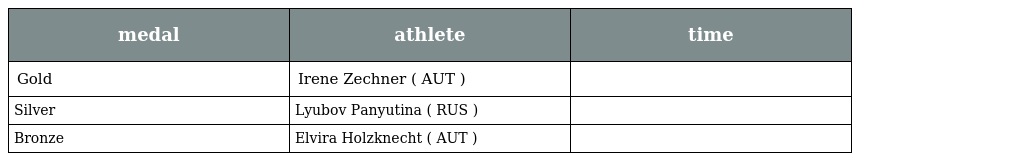
| medal | athlete | time |
 | --- | --- | --- |
 | Gold | Irene Zechner ( AUT ) |  |
 | Silver | Lyubov Panyutina ( RUS ) |  |
 | Bronze | Elvira Holzknecht ( AUT ) |  |